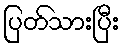
ပြတ်သားပြီး